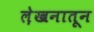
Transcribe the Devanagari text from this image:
ले़खनातून